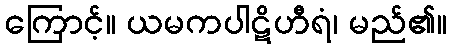
ကြောင့်။ ယမကပါဋိဟီရံ၊ မည်၏။